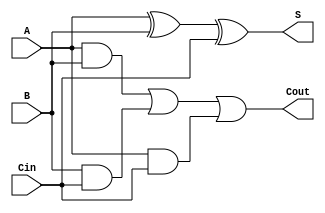
module adder_1bit(A, B, Cin, S, Cout);

input A, B, Cin;

output S, Cout;


assign S = A ^ B ^ Cin;

assign Cout = (A & B) | (B & Cin) | (A & Cin);

endmodule

module adder_4bit(AA, BB, SS, CC);

input [3:0]AA, BB;

output [3:0] SS;

output CC;

wire [4:1] C;

assign CC = C[4];

adder_1bit A1 (AA[0],BB[0], 1'b0, SS[0], C[1]);
adder_1bit A2 (AA[1],BB[1], C[1], SS[1], C[2]);
adder_1bit A3 (AA[2],BB[2], C[2], SS[2], C[3]);
adder_1bit A4 (AA[3],BB[3], C[3], SS[3], C[4]);

endmodule

module adder_tb;

reg [7:0] stim;
wire [3:0] Sum;
wire Carry_Out;

adder_4bit DUT (stim[3:0], stim[7:4], Sum, Carry_Out);

initial begin
	stim = 8'b0;
	repeat(100) begin
		#20 stim = $random;
	end
	#10;
end

initial $monitor("Stim:%b Sum:%b CO:%b",stim, Sum, Carry_Out );

endmodule